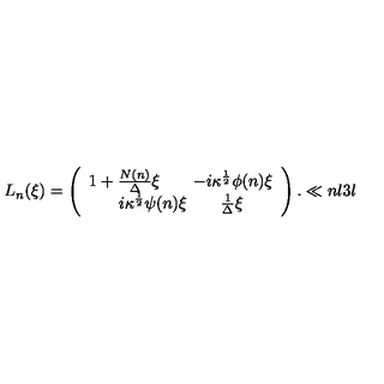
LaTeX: { L } _ { n } ( \xi ) = \left( \begin{array} { c } { { 1 + { \frac { N ( n ) } { \Delta } } \xi } \qquad { - i \kappa ^ { \frac { 1 } { 2 } } \phi ( n ) \xi } } \\ { { i \kappa ^ { \frac { 1 } { 2 } } \psi ( n ) \xi } \qquad { { \frac { 1 } { \Delta } } \xi } } \\ \end{array} \right) . \ll { n l 3 l }